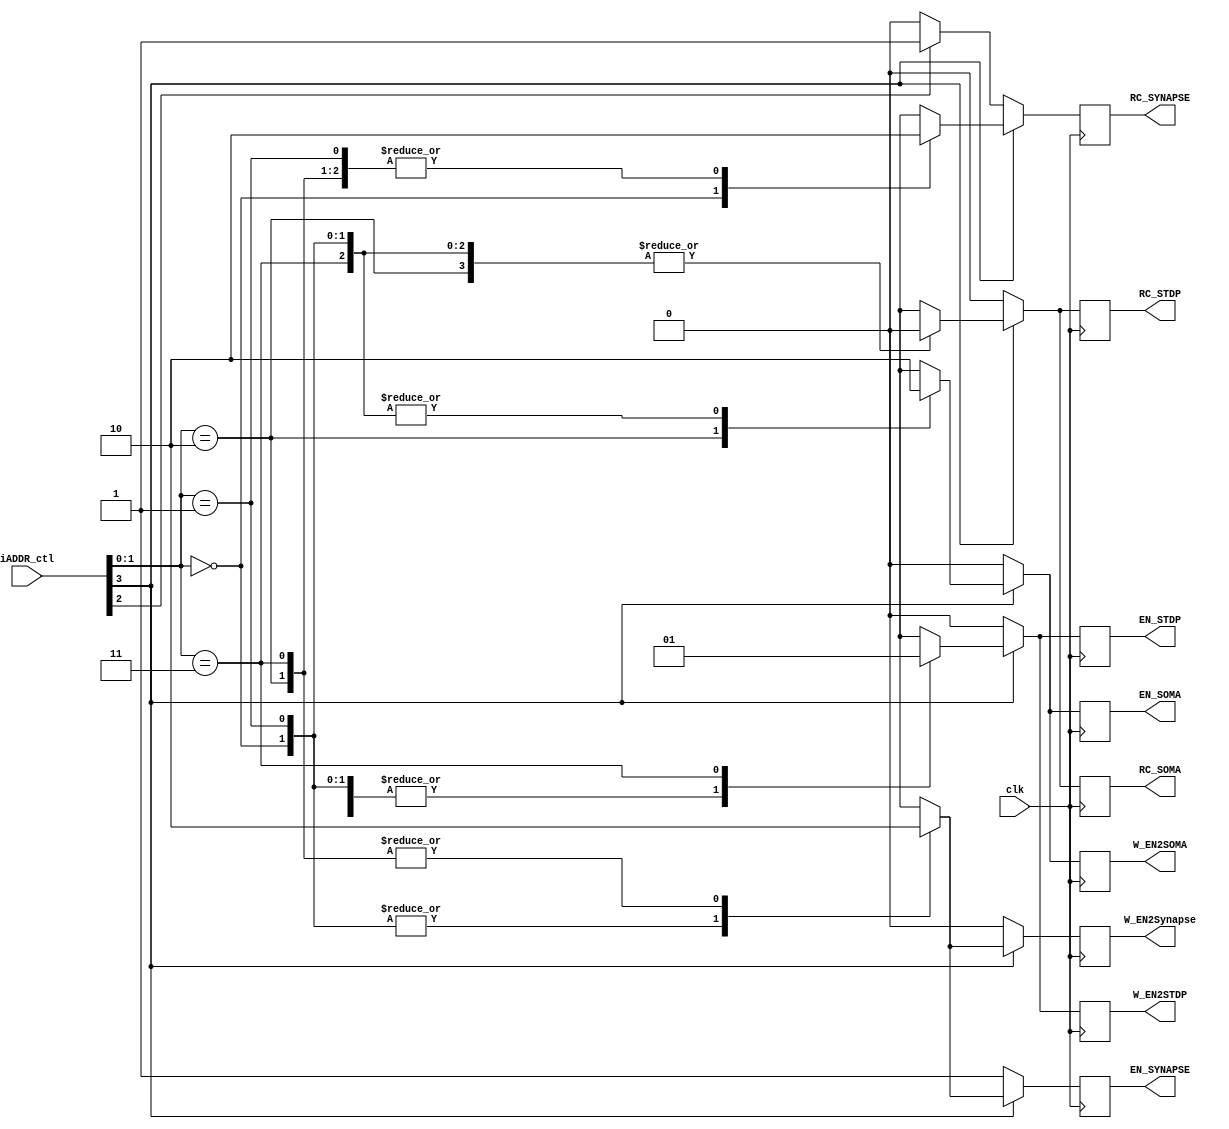
module PNC_ADDR_Control_Unit(clk,
                        iADDR_ctl,
                        EN_SYNAPSE, EN_SOMA, EN_STDP,
                        RC_SYNAPSE, RC_SOMA, RC_STDP,
                        W_EN2Synapse, W_EN2SOMA, W_EN2STDP
);


input clk;
input [3:0] iADDR_ctl;

output reg EN_SYNAPSE, EN_SOMA, EN_STDP;
output reg RC_SYNAPSE, RC_SOMA, RC_STDP;
output reg W_EN2SOMA, W_EN2Synapse, W_EN2STDP;



always @(posedge clk) begin
    if (iADDR_ctl[3] == 1) begin   // PARAM in
        case (iADDR_ctl[1:0])
            2'b00:          // to SYNAPSE(RichClub)
            begin
                EN_SYNAPSE <= 1'b1;
                RC_SYNAPSE <= 1'b1;
                W_EN2Synapse <= 1'b1;
                EN_SOMA <= 1'b0;
                RC_SOMA <= 1'b0;
                W_EN2SOMA <= 1'b0;
                EN_STDP <= 1'b0;
                RC_STDP <= 1'b0;
                W_EN2STDP <= 1'b0;
            end

            2'b01:          // to SYNAPSE
            begin
                EN_SYNAPSE <= 1'b1;
                RC_SYNAPSE <= 1'b0;
                W_EN2Synapse <= 1'b1;
                EN_SOMA <= 1'b0;
                RC_SOMA <= 1'b0;
                W_EN2SOMA <= 1'b0;
                EN_STDP <= 1'b0;
                RC_STDP <= 1'b0;
                W_EN2STDP <= 1'b0;
            end

            2'b10:          // to SOMA
            begin
                EN_SYNAPSE <= 1'b0;
                RC_SYNAPSE <= 1'b0;
                W_EN2Synapse <= 1'b0;
                EN_SOMA <= 1'b1;
                RC_SOMA <= 1'b0;
                W_EN2SOMA <= 1'b1;
                EN_STDP <= 1'b0;
                RC_STDP <= 1'b0;
                W_EN2STDP <= 1'b0;
            end

            2'b11:          // to STDP
            begin
                EN_SYNAPSE <= 1'b0;
                RC_SYNAPSE <= 1'b0;
                W_EN2Synapse <= 1'b0;
                EN_SOMA <= 1'b0;	
                RC_SOMA <= 1'b0;
                W_EN2SOMA <= 1'b0;
                EN_STDP <= 1'b1;
                RC_STDP <= 1'b0;
                W_EN2STDP <= 1'b1;
            end

            default:
            begin
                EN_SYNAPSE <= 1'b0;
                RC_SYNAPSE <= 1'b0;
                W_EN2Synapse <= 1'b0;
                EN_SOMA <= 1'b0;
                RC_SOMA <= 1'b0;
                W_EN2SOMA <= 1'b0;
                EN_STDP <= 1'b1;
                RC_STDP <= 1'b0;
                W_EN2STDP <= 1'b1;
            end
        endcase
    end
    else begin                  // SPIKE in
        if (iADDR_ctl[2] == 1) begin   //  RichClub
            EN_SYNAPSE <= 1'b1;
            RC_SYNAPSE <= 1'b1;
            W_EN2Synapse <= 1'b0;
            EN_SOMA <= 1'b0;
            RC_SOMA <= 1'b0;
            W_EN2SOMA <= 1'b0;
            EN_STDP <= 1'b0;
            RC_STDP <= 1'b0;
            W_EN2STDP <= 1'b0;            
        end
        else begin
            EN_SYNAPSE <= 1'b1;
            RC_SYNAPSE <= 1'b0;
            W_EN2Synapse <= 1'b0;
            EN_SOMA <= 1'b0;
            RC_SOMA <= 1'b0;
            W_EN2SOMA <= 1'b0;
            EN_STDP <= 1'b0;
            RC_STDP <= 1'b0;
            W_EN2STDP <= 1'b0;       
        end
    end
end


endmodule